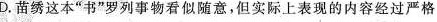
D苗绣这本“书”罗列事物看似随意，但实际上表现的内容经过严格